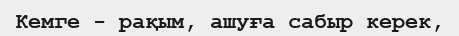
Кемге - рақым, ашуға сабыр керек,